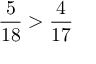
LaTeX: { \frac { 5 } { 1 8 } } > { \frac { 4 } { 1 7 } }